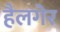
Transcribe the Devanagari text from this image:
हैलगेर